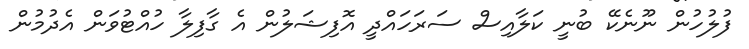
ފުލުހުން ނޫނެކޭ ބުނީ ކަލާއިސް ސަރަހައްދީ އޮފިޝަލުން އެ ގާފިލާ ހުއްޓުވަން އެދުމުން